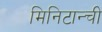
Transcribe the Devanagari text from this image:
मिनिटान्ची